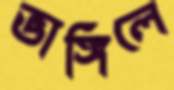
ভাঙ্গিলে